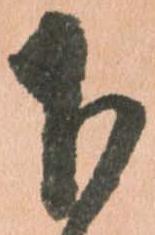
下